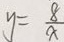
y = \frac { 8 } { x }